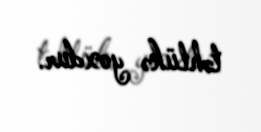
təhlükə yoxdur.